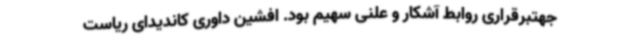
جهتبرقراری روابط آشکار و علنی سهیم بود. افشین داوری کاندیدای ریاست